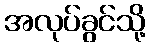
အလုပ်ခွင်သို့